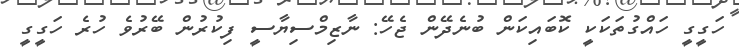
ހަގީގީ ހައްގުތަކަކީ ކޮބައިކަން ބުނެދޭން ޖެހޭ: ނާޒިމްސިޔާސީ ފިކުރުން ބޭރުވެ ހުރެ ހަގީގީ